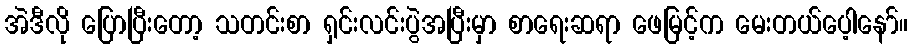
အဲဒီလို ပြောပြီးတော့ သတင်းစာ ရှင်းလင်းပွဲအပြီးမှာ စာရေးဆရာ ဖေမြင့်က မေးတယ်ပေ့ါနော်။